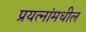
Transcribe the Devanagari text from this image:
प्रयत्‍नांमधील